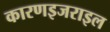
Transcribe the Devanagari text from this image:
कारणइजराइल